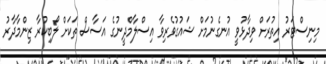
މިނިސްޓަރު އިތުރަށް ވިދާޅުވީ އުނގެނުމަށް ޝައުގުވެރިވާ އިސްލާމްދީނުގެ އަސާސް ތަކަށް ލޯބިކުރާ ޒިންމާދާރު